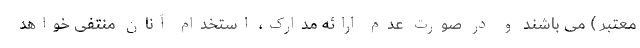
معتبر ) می باشند و در صورت عدم ارائه مدارک، استخدام آنان منتفی خواهد